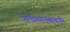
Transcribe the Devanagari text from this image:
रेल्वेस्थानकाबाहेर